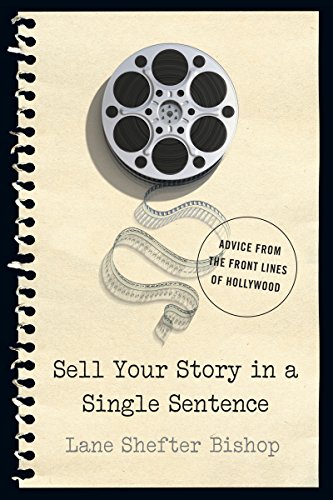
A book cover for Sell Your Story in A Single Sentence: Advice from the Front Lines of Hollywood; Lane Shefter Bishop; Humor & Entertainment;